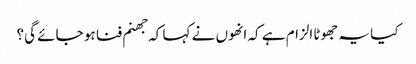
کیا یہ جھوٹا الزام ہے کہ انھوں نے کہا کہ جھنم فنا ہو جائے گی؟